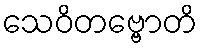
သေဝိတဗ္ဗောတိ